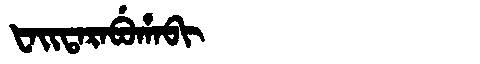
Manchu: ᡶᠠᡳᡨᠠᡵᠠᠪᡠᡥᠠᠪᡳ
Romanization: FAITARABUHABI